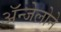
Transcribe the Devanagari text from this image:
ॲन्जेलोने